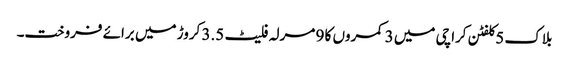
بلاک 5 کلفٹن کراچی میں 3 کمروں کا 9 مرلہ فلیٹ 3.5 کروڑ میں برائے فروخت۔